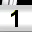
Digit: 1